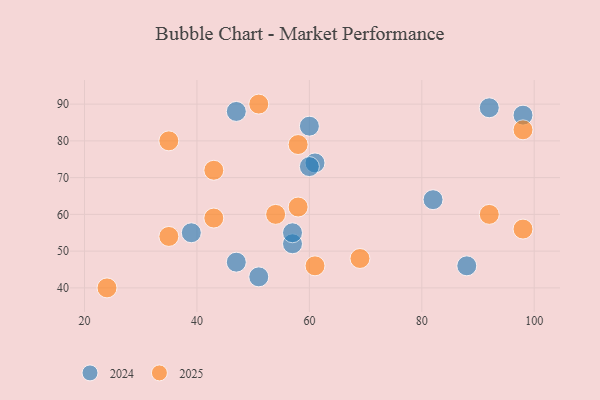
{"axis": {"x": "GDP", "y": "Life Expectancy"}, "legend": ["2024", "2025"], "data": [{"x": "24", "y": 40, "type": "2025"}, {"x": "35", "y": 80, "type": "2025"}, {"x": "43", "y": 72, "type": "2025"}, {"x": "92", "y": 60, "type": "2025"}, {"x": "98", "y": 56, "type": "2025"}, {"x": "61", "y": 46, "type": "2025"}, {"x": "54", "y": 60, "type": "2025"}, {"x": "35", "y": 54, "type": "2025"}, {"x": "58", "y": 62, "type": "2025"}, {"x": "98", "y": 83, "type": "2025"}, {"x": "58", "y": 79, "type": "2025"}, {"x": "51", "y": 90, "type": "2025"}, {"x": "43", "y": 59, "type": "2025"}, {"x": "69", "y": 48, "type": "2025"}, {"x": "61", "y": 74, "type": "2024"}, {"x": "60", "y": 84, "type": "2024"}, {"x": "39", "y": 55, "type": "2024"}, {"x": "47", "y": 88, "type": "2024"}, {"x": "60", "y": 73, "type": "2024"}, {"x": "82", "y": 64, "type": "2024"}, {"x": "51", "y": 43, "type": "2024"}, {"x": "47", "y": 47, "type": "2024"}, {"x": "57", "y": 52, "type": "2024"}, {"x": "92", "y": 89, "type": "2024"}, {"x": "57", "y": 55, "type": "2024"}, {"x": "88", "y": 46, "type": "2024"}, {"x": "98", "y": 87, "type": "2024"}]}